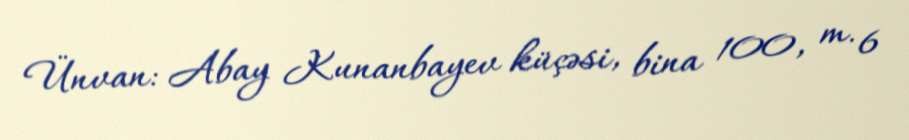
Ünvan: Abay Kunanbayev küçəsi, bina 100, m. 6